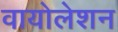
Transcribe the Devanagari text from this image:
वायोलेशन